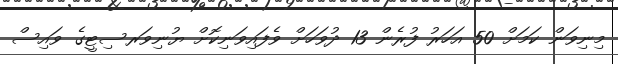
މިނިވަން ކަމަށް 50 އަހަރު ފުރެން 13 ދުވަހަށް ވެފައިވަނިކޮށް ޔުނިވަރސިޓީގެ ވައިސް